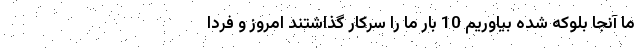
ما آنجا بلوکه شده بیاوریم 10 بار ما را سرکار گذاشتند امروز و فردا